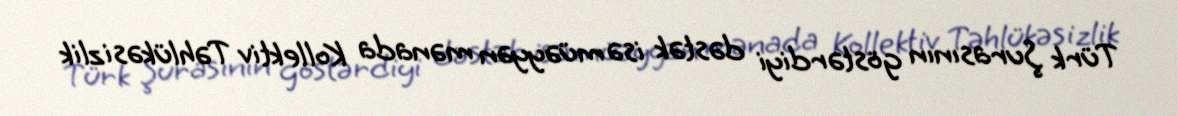
Türk Şurasının göstərdiyi dəstək isə müəyyən mənada Kollektiv Təhlükəsizlik